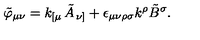
\tilde { \varphi } _ { \mu \nu } = k _ { \left[ \mu \right. } \tilde { A } _ { \left. \nu \right] } + \epsilon _ { \mu \nu \rho \sigma } k ^ { \rho } \tilde { B } ^ { \sigma } .